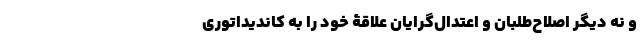
و نه دیگر اصلاح‌طلبان و اعتدال‌گرایان علاقۀ خود را به کاندیداتوری